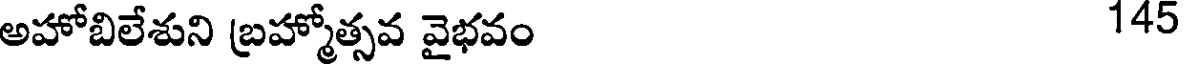
అహోబిలేశుని బ్రహ్మోత్సవ వైభవం 145